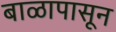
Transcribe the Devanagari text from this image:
बाळापासून